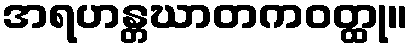
အရဟန္တဃာတကဝတ္ထု။